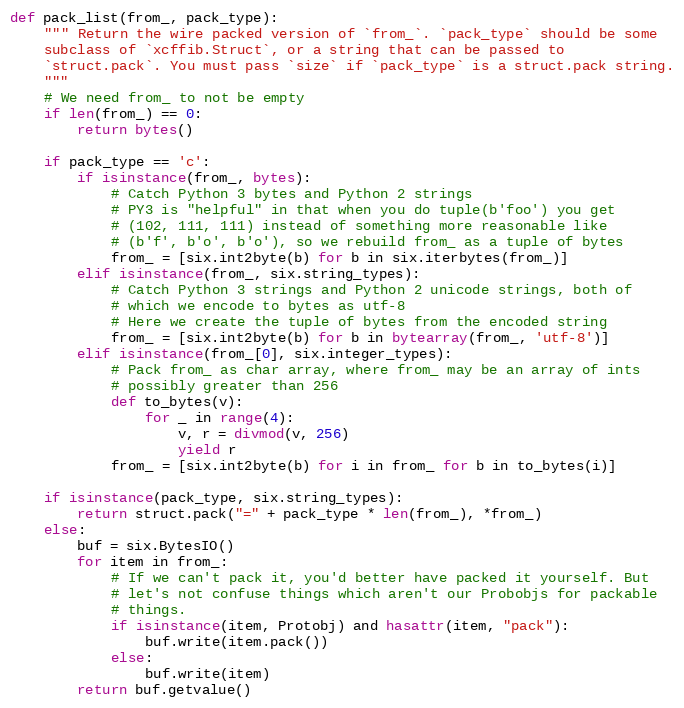
Language: Python
def pack_list(from_, pack_type):
    """ Return the wire packed version of `from_`. `pack_type` should be some
    subclass of `xcffib.Struct`, or a string that can be passed to
    `struct.pack`. You must pass `size` if `pack_type` is a struct.pack string.
    """
    # We need from_ to not be empty
    if len(from_) == 0:
        return bytes()

    if pack_type == 'c':
        if isinstance(from_, bytes):
            # Catch Python 3 bytes and Python 2 strings
            # PY3 is "helpful" in that when you do tuple(b'foo') you get
            # (102, 111, 111) instead of something more reasonable like
            # (b'f', b'o', b'o'), so we rebuild from_ as a tuple of bytes
            from_ = [six.int2byte(b) for b in six.iterbytes(from_)]
        elif isinstance(from_, six.string_types):
            # Catch Python 3 strings and Python 2 unicode strings, both of
            # which we encode to bytes as utf-8
            # Here we create the tuple of bytes from the encoded string
            from_ = [six.int2byte(b) for b in bytearray(from_, 'utf-8')]
        elif isinstance(from_[0], six.integer_types):
            # Pack from_ as char array, where from_ may be an array of ints
            # possibly greater than 256
            def to_bytes(v):
                for _ in range(4):
                    v, r = divmod(v, 256)
                    yield r
            from_ = [six.int2byte(b) for i in from_ for b in to_bytes(i)]

    if isinstance(pack_type, six.string_types):
        return struct.pack("=" + pack_type * len(from_), *from_)
    else:
        buf = six.BytesIO()
        for item in from_:
            # If we can't pack it, you'd better have packed it yourself. But
            # let's not confuse things which aren't our Probobjs for packable
            # things.
            if isinstance(item, Protobj) and hasattr(item, "pack"):
                buf.write(item.pack())
            else:
                buf.write(item)
        return buf.getvalue()